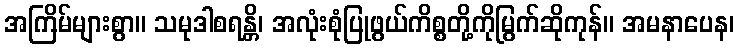
အကြိမ်များစွာ။ သမုဒါစရန္တိ၊ အလုံးစုံပြုဖွယ်ကိစ္စတို့ကိုမြွက်ဆိုကုန်။ အမနာပေန၊